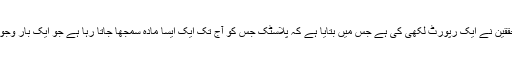
’ خبر کی تفصیل تھی کہ پاکستان اور چین کے نو محققین نے ایک رپورٹ لکھی کی ہے جس میں بتایا ہے کہ پلاسٹک جس کو آج تک ایک ایسا مادہ سمجھا جاتا رہا ہے جو ایک بار وجود پالے تو اسے ختم ہونے میں صدیاں لگ سکتی ہیں۔